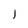
Character: l